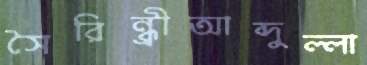
সৈরিন্ধ্রীআব্দুল্লা